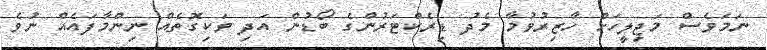
ނަމަވެސް މަޖިލީހަށް ހާޒިރުވުމާ މެދު ޑިރެކްޓަރުންގެ ބޯޑުން އަދި ވަކިގޮތެއް ނިންމާފައެއް ނުވެ